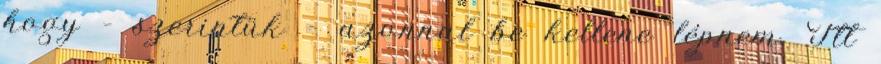
hogy – szerintük – azonnal be kellene lépnem. Itt